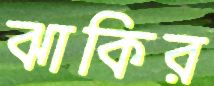
ঝাকির